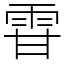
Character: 雸